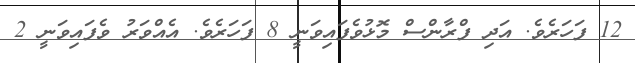
12 ފަހަރެވެ. އަދި ފްރާންސް މޮޅުވެފައިވަނީ 8 ފަހަރެވެ. އެއްވަރު ވެފައިވަނީ 2